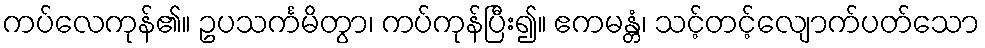
ကပ်လေကုန်၏။ ဥပသင်္ကမိတွာ၊ ကပ်ကုန်ပြီး၍။ ဧကမန္တံ၊ သင့်တင့်လျောက်ပတ်သော